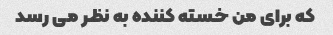
که برای من خسته کننده به نظر می رسد